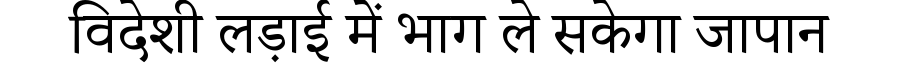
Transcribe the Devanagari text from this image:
विदेशी लड़ाई में भाग ले सकेगा जापान